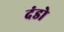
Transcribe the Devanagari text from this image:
दंडो